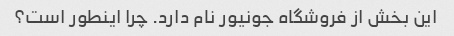
این بخش از فروشگاه جونیور نام دارد. چرا اینطور است؟